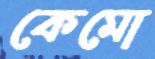
কেমো